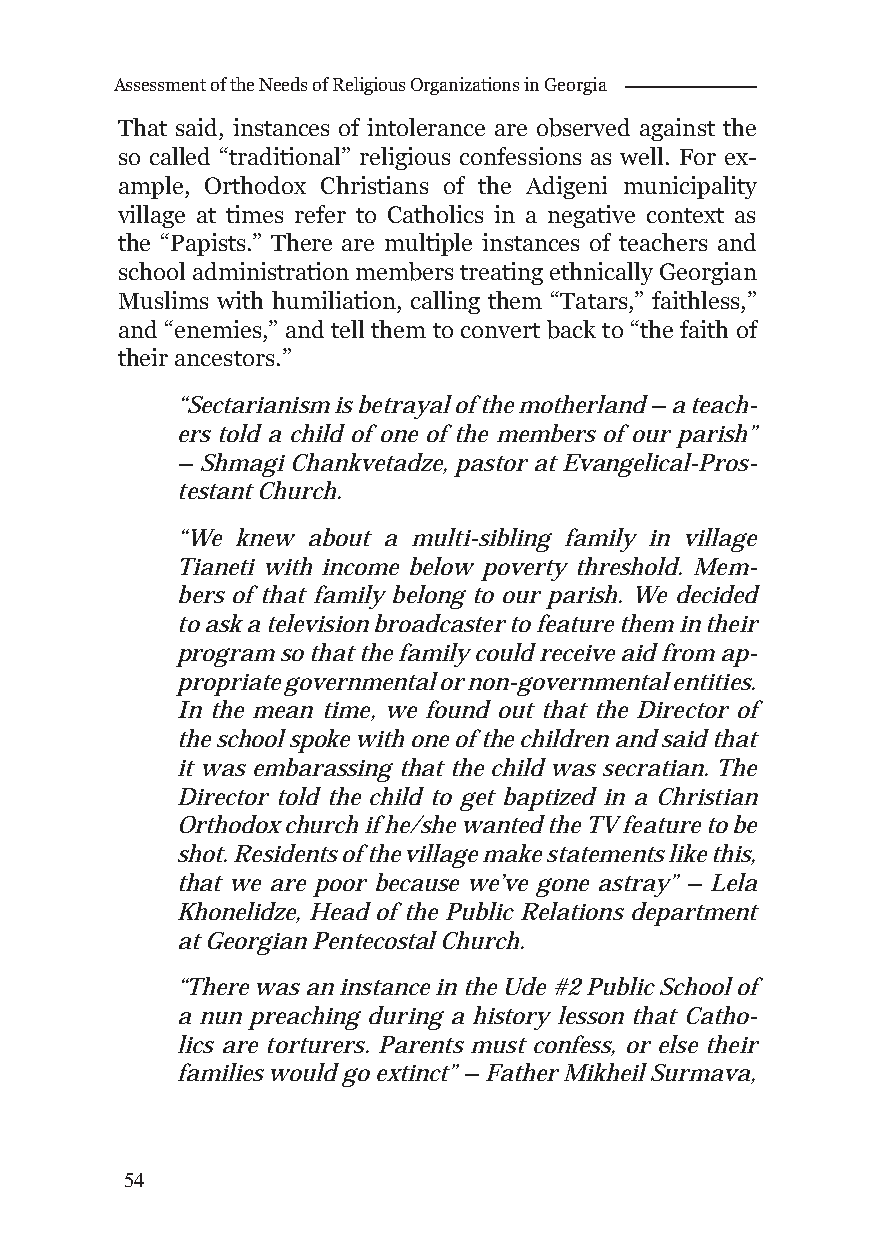
Assessment of the Needs of Religious Organizations in Georgia
 That said, instances of intolerance are observed against the
 so called “traditional” religious confessions as well. For ex-
 ample, Orthodox Christians of the Adigeni municipality
 village at times refer to Catholics in a negative context as
 the “Papists.” There are multiple instances of teachers and
 school administration members treating ethnically Georgian
 Muslims with humiliation, calling them “Tatars,” faithless,”
 and “enemies,” and tell them to convert back to “the faith of
 their ancestors.”
 “Sectarianism is betrayal of the motherland – a teach-
 ers told a child of one of the members of our parish”
 – Shmagi Chankvetadze, pastor at Evangelical-Pros-
 testant Church.
 “We knew about a multi-sibling family in village
 Tianeti with income below poverty threshold. Mem-
 bers of that family belong to our parish. We decided
 to ask a television broadcaster to feature them in their
 program so that the family could receive aid from ap-
 propriate governmental or non-governmental entities.
 In the mean time, we found out that the Director of
 the school spoke with one of the children and said that
 it was embarassing that the child was secratian. The
 Director told the child to get baptized in a Christian
 Orthodox church if he/she wanted the TV feature to be
 shot. Residents of the village make statements like this,
 that we are poor because we’ve gone astray” – Lela
 Khonelidze, Head of the Public Relations department
 at Georgian Pentecostal Church.
 “There was an instance in the Ude #2 Public School of
 a nun preaching during a history lesson that Catho-
 lics are torturers. Parents must confess, or else their
 families would go extinct” – Father Mikheil Surmava,
 54